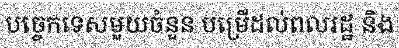
បច្ចេកទេសមួយចំនួន បម្រើដល់ពលរដ្ឋ និង